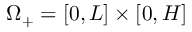
\Omega _ { + } = [ 0 , L ] \times [ 0 , H ]